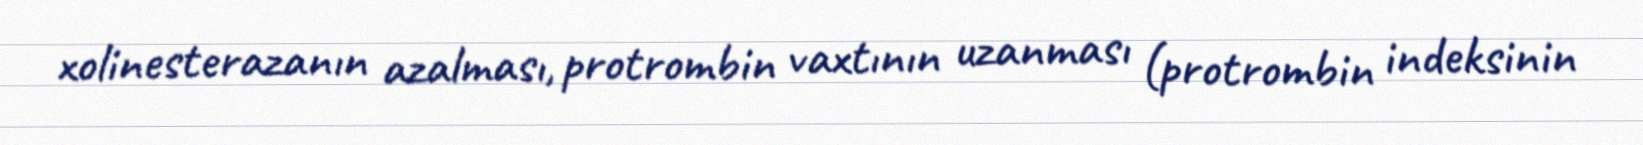
xolinesterazanın azalması, protrombin vaxtının uzanması (protrombin indeksinin